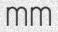
mm